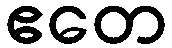
ဧတေ